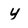
Character: 4